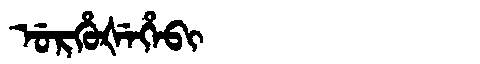
Manchu: ᡠᡵᡥᡠᡧᡝᡥᡝᠪᡳ
Romanization: URHUŠEHEBI